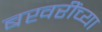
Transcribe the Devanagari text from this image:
बखरींच्या